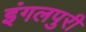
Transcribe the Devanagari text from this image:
इंगलपुरी